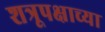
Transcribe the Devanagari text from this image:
शत्रूपक्षाच्या